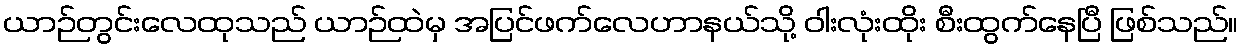
ယာဉ်တွင်းလေထုသည် ယာဉ်ထဲမှ အပြင်ဖက်လေဟာနယ်သို့ ဝါးလုံးထိုး စီးထွက်နေပြီ ဖြစ်သည်။